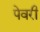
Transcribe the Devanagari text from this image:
पेवरी